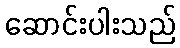
ဆောင်းပါးသည်